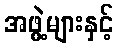
အဖွဲ့များနှင့်